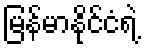
မြန်မာနိုင်ငံရဲ့